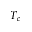
T _ { c }